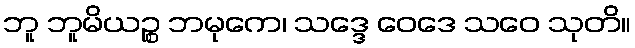
ဘူ ဘူမိယဉ္စ ဘမုကေ၊ သဒ္ဒေ ဝေဒေ သဝေ သုတိ။